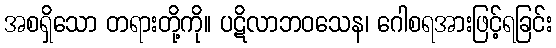
အစရှိသော တရားတို့ကို။ ပဋိလာဘဝသေန၊ ဂေါစရအားဖြင့်ရခြင်း